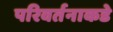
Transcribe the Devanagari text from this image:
परिवर्तनाकडे